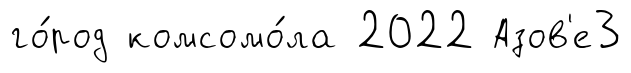
го́род комсомо́ла 2022 Азов'е3